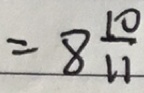
= 8 \frac { 1 0 } { 1 1 }